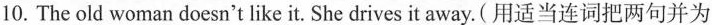
10.The old woman doesn't like it. She drives it away.(用适当连词把两句并为